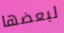
لبعضها